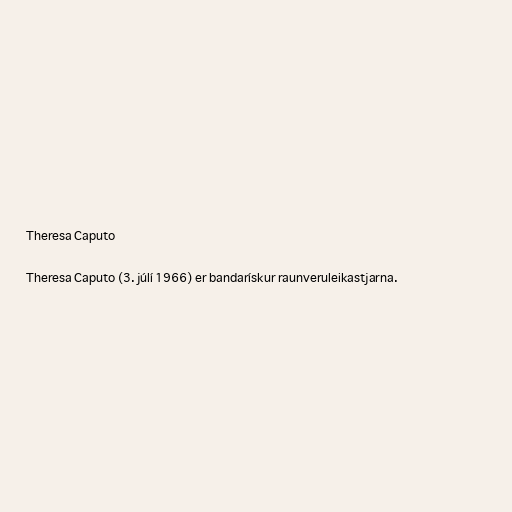
Theresa Caputo

Theresa Caputo (3. júlí 1966) er bandarískur raunveruleikastjarna.